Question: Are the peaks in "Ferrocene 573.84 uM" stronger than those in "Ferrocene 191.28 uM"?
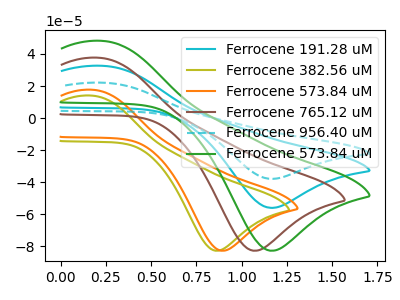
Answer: <think>The cyan curve "Ferrocene 191.28 uM" has an anodic peak at (0.25V, 32.60uA) and a cathodic peak at (1.15V, -56.10uA). The olive curve "Ferrocene 382.56 uM" has an anodic peak at (0.15V, 14.00uA) and a cathodic peak at (0.85V, -82.90uA). The orange curve "Ferrocene 573.84 uM" has an anodic peak at (0.20V, 17.65uA) and a cathodic peak at (0.90V, -82.90uA). The brown curve "Ferrocene 765.12 uM" has an anodic peak at (0.20V, 37.65uA) and a cathodic peak at (1.05V, -82.90uA). The cyan dashed curve "Ferrocene 956.40 uM" has an anodic peak at (0.25V, 65.20uA) and a cathodic peak at (1.15V, -112.20uA). The green curve "Ferrocene 573.84 uM" has an anodic peak at (0.25V, 48.15uA) and a cathodic peak at (1.15V, -82.90uA).</think>
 <answer>Every peak in "Ferrocene 573.84 uM" is higher than every peak in "Ferrocene 191.28 uM".</answer>
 <eval>higher</eval>